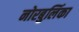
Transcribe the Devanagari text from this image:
नोरबुलिंका